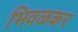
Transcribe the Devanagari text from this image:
भिवळकर